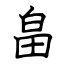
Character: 畠